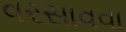
વરસાવવા